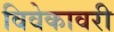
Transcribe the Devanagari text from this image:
विवेकावरी